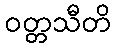
ဝတ္တသီတိ